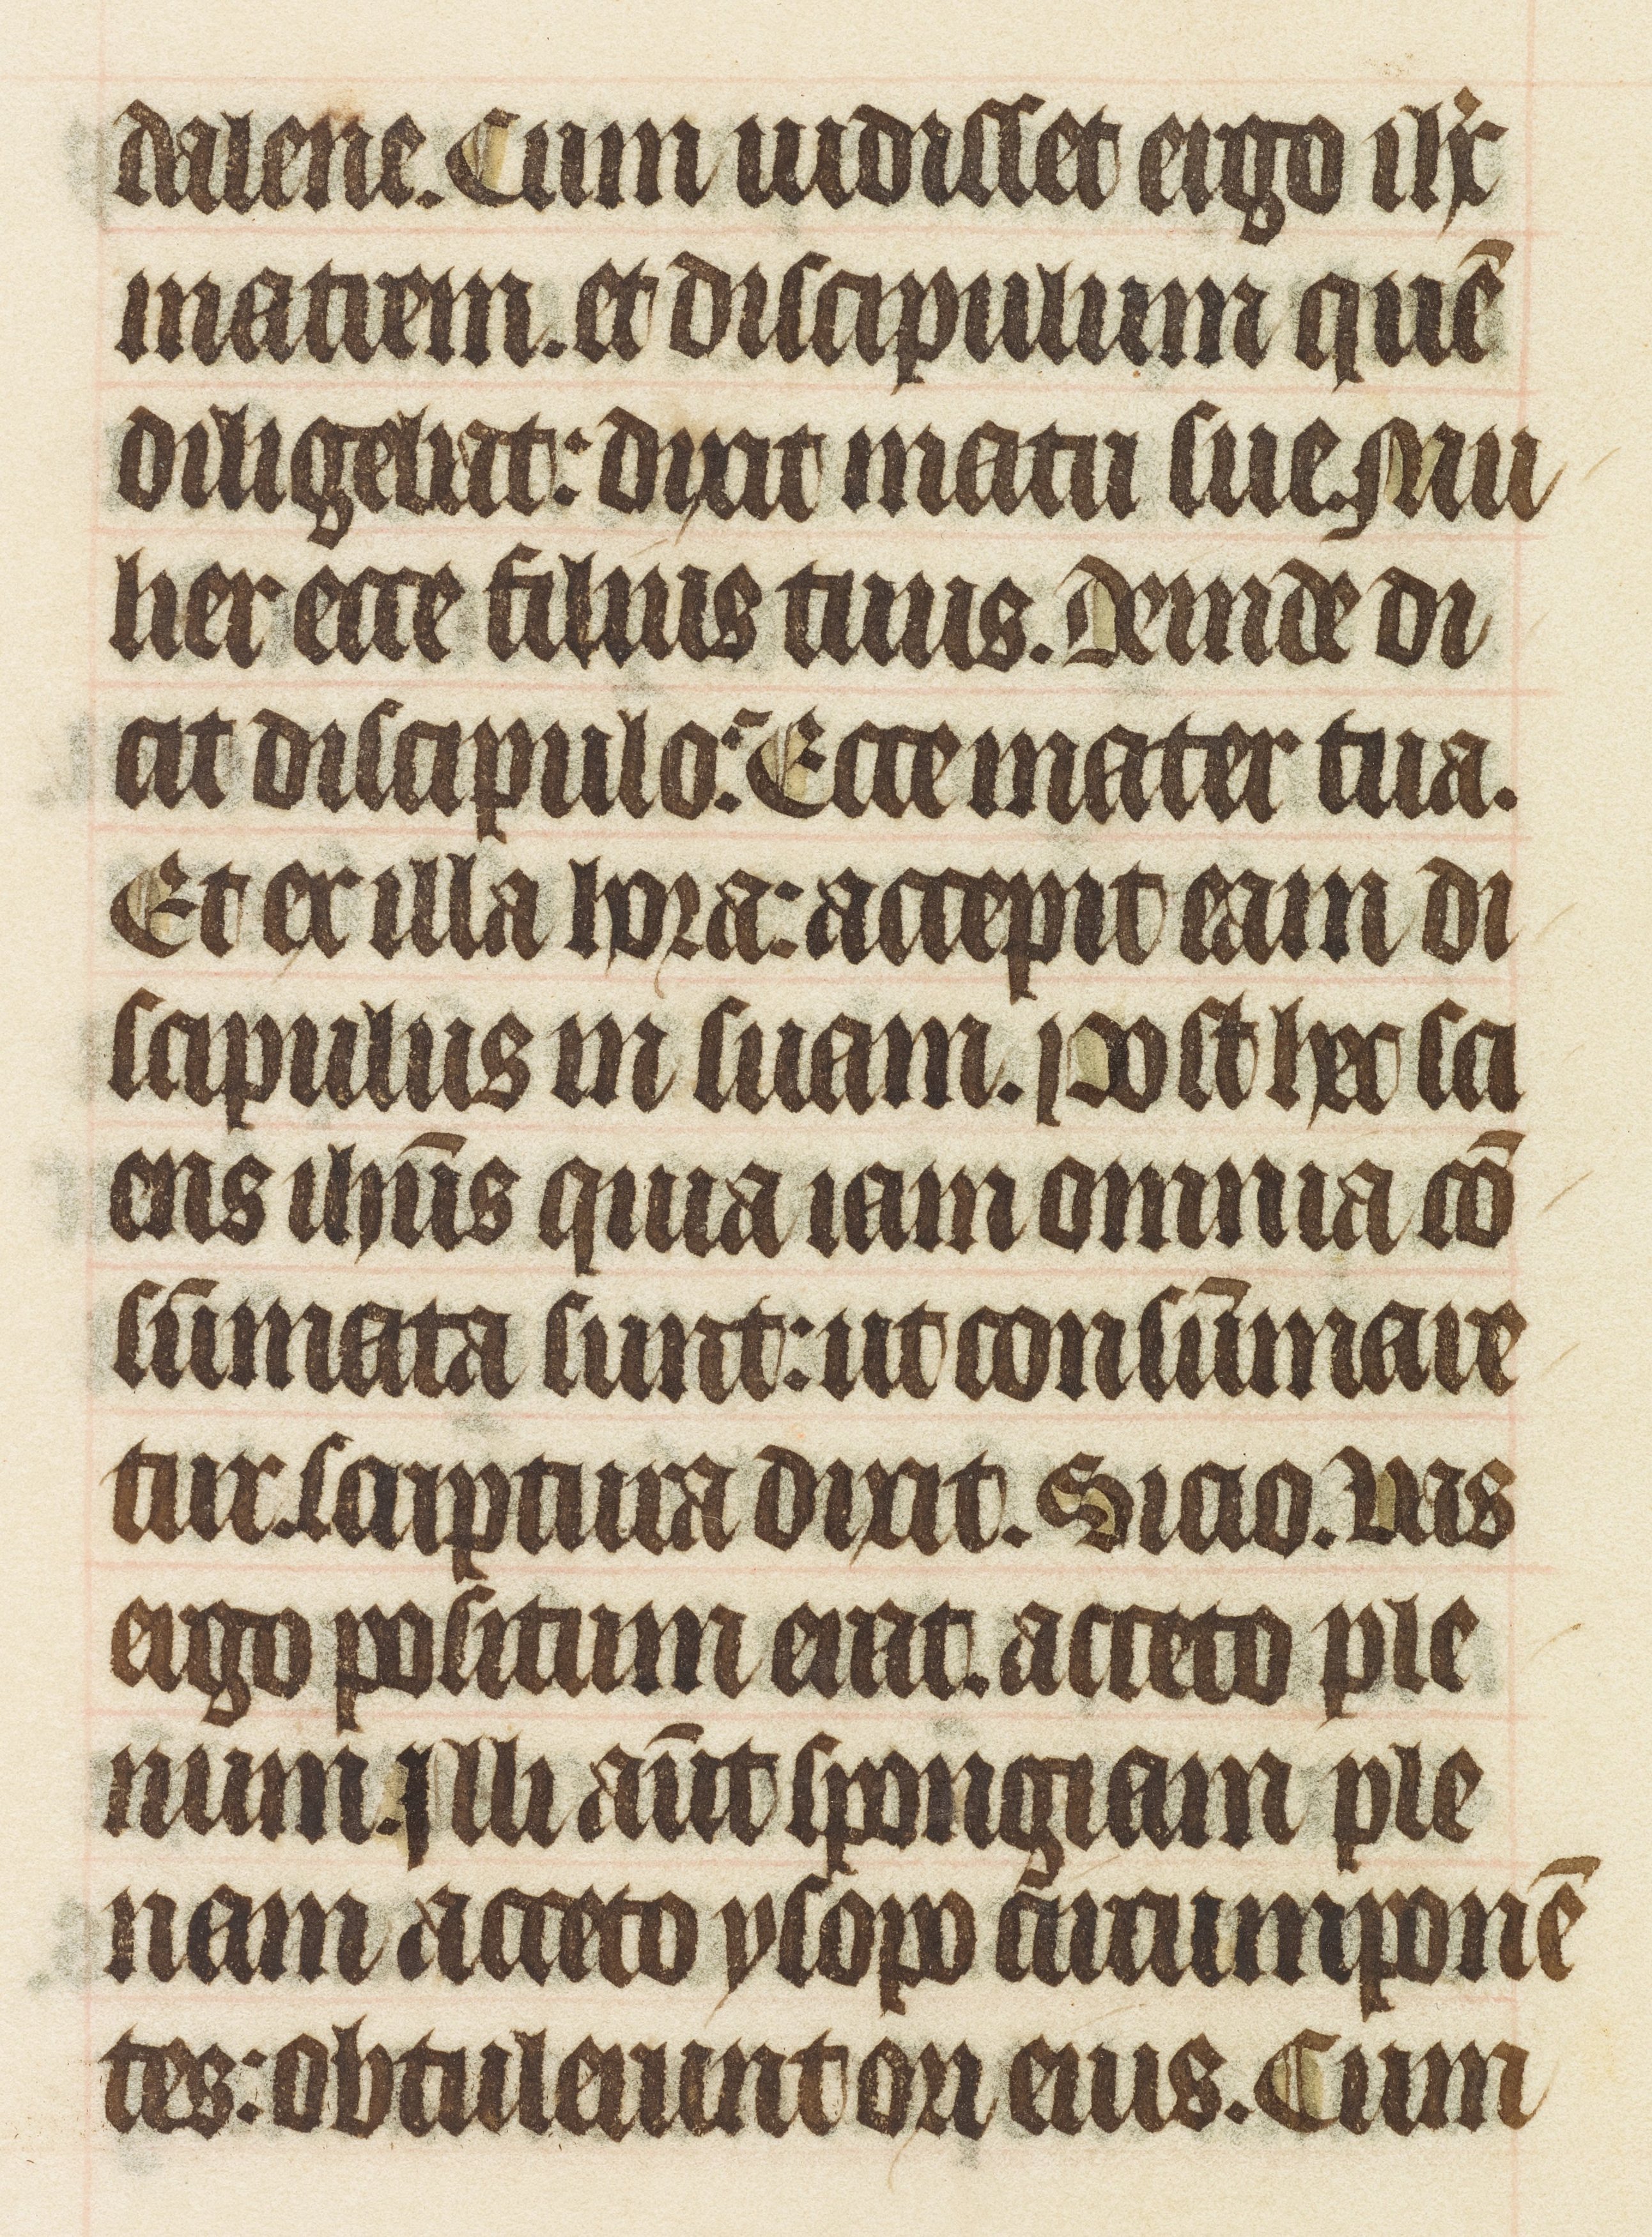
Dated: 1408–1410